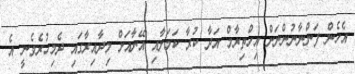
އެހެން ފަންނާނުންނަށް އިހްތިރާމް އަދާ ކުރާ ކަމަށާއި އޭނާއަށް މިދާއިރާގައި ދެމިހުރެވެނީ އެ